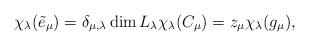
LaTeX: \begin{align*} \chi_\lambda(\tilde{e}_\mu) = \delta_{\mu,\lambda} \dim L_\lambda \chi_\lambda(C_\mu) = z_\mu \chi_\lambda(g_\mu), \end{align*}